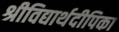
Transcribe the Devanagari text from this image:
श्रीविद्यार्थदीपिका